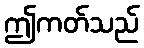
ဤကတ်သည်